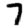
Digit: 7